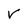
Character: V